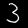
Digit: 3